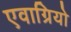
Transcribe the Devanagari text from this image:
एवाग्रियो